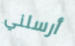
أرسلني